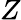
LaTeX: Z